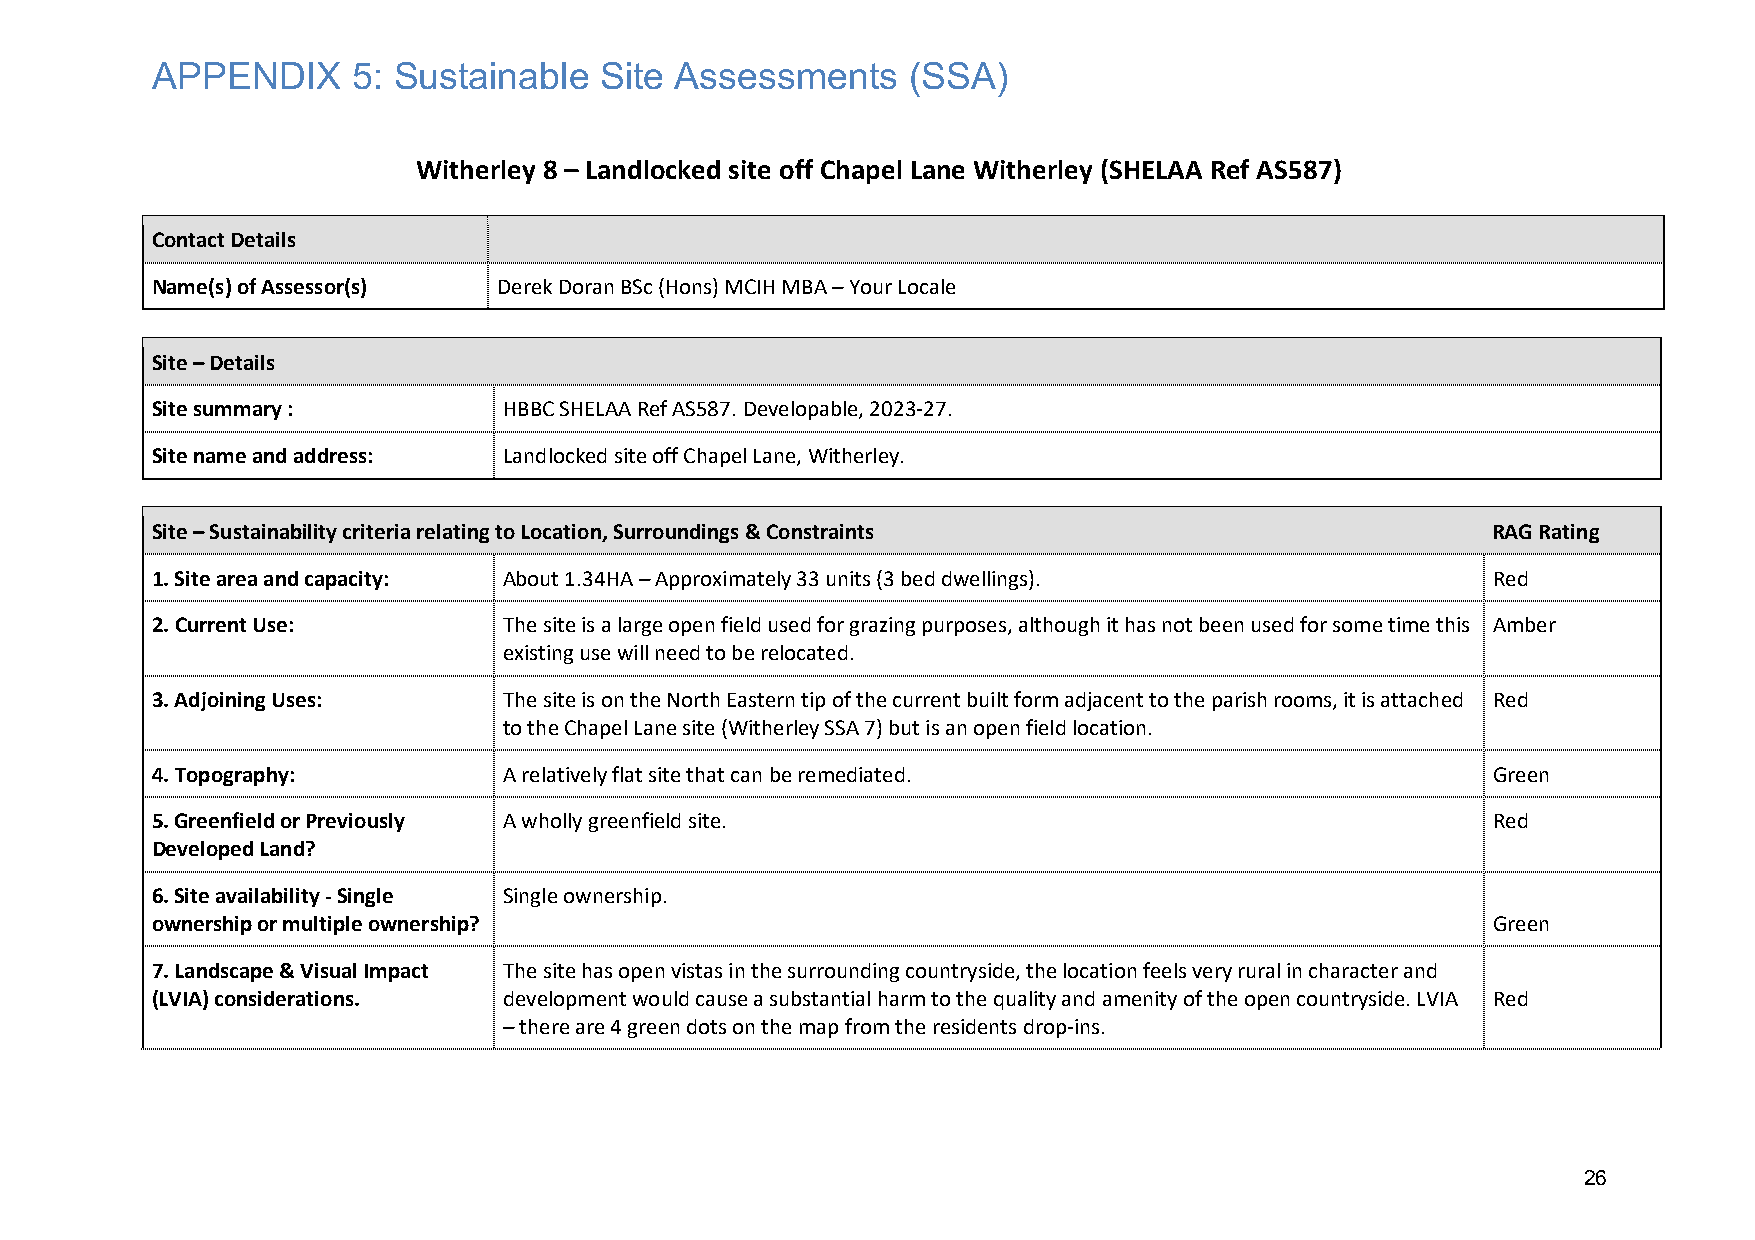
APPENDIX     5: Sustainable   Site Assessments    (SSA)
 Witherley 8 – Landlocked site off Chapel Lane Witherley (SHELAA Ref AS587)
 Contact Details
 Name(s) of Assessor(s) Derek Doran BSc (Hons) MCIH MBA – Your Locale
 Site – Details
 Site summary :         HBBC SHELAA Ref AS587. Developable, 2023-27.
 Site name and address: Landlocked site off Chapel Lane, Witherley.
 Site – Sustainability criteria relating to Location, Surroundings & Constraints          RAG Rating
 1. Site area and capacity: About 1.34HA – Approximately 33 units (3 bed dwellings).      Red
 2. Current Use:        The site is a large open field used for grazing purposes, although it has not been used for some time this Amber
 existing use will need to be relocated.
 3. Adjoining Uses:     The site is on the North Eastern tip of the current built form adjacent to the parish rooms, it is attached Red
 to the Chapel Lane site (Witherley SSA 7) but is an open field location.
 4. Topography:         A relatively flat site that can be remediated.                    Green
 5. Greenfield or Previously A wholly greenfield site.                                    Red
 Developed Land?
 6. Site availability - Single Single ownership.
 ownership or multiple ownership?                                                         Green
 7. Landscape & Visual Impact The site has open vistas in the surrounding countryside, the location feels very rural in character and
 (LVIA) considerations. development would cause a substantial harm to the quality and amenity of the open countryside. LVIA Red
 – there are 4 green dots on the map from the residents drop-ins.
 26